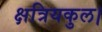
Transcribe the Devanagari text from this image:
क्षत्रियकुल।